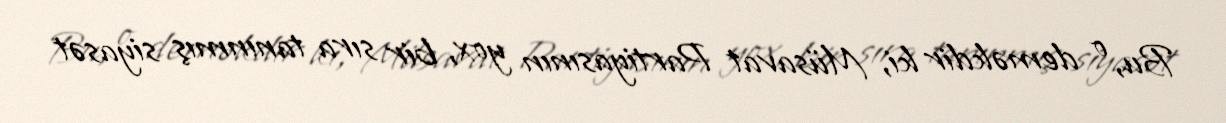
Bu, o deməkdir ki, Müsavat Partiyasının yox, bir sıra tanınmış siyasət